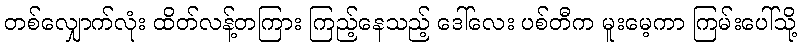
တစ်လျှောက်လုံး ထိတ်လန့်တကြား ကြည့်နေသည့် ဒေါ်လေး ပစ်တီက မူးမေ့ကာ ကြမ်းပေါ်သို့